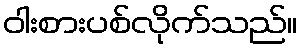
ဝါးစားပစ်လိုက်သည်။